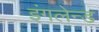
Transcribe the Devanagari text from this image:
इंगलेन्ड